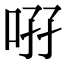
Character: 𠲚